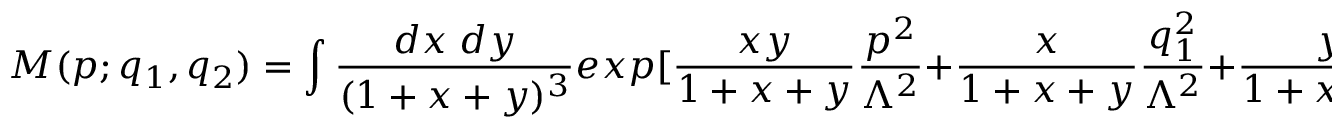
M ( p ; q _ { 1 } , q _ { 2 } ) = \int \frac { d x \; d y } { ( 1 + x + y ) ^ { 3 } } e x p [ \frac { x y } { 1 + x + y } \frac { p ^ { 2 } } { \Lambda ^ { 2 } } + \frac { x } { 1 + x + y } \frac { q _ { 1 } ^ { 2 } } { \Lambda ^ { 2 } } + \frac { y } { 1 + x + y } \frac { q _ { 2 } ^ { 2 } } { \Lambda ^ { 2 } } ] ,